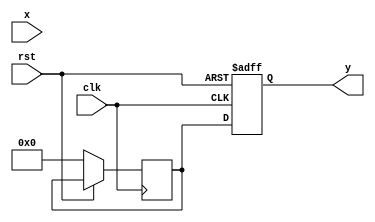
module asinh (
    input wire signed [31:0] x,       // Input: 32-bit signed fixed-point number
    output reg signed [31:0] y,        // Output: 32-bit signed fixed-point number
    input wire clk,                    // Clock input
    input wire rst                     // Reset input
);

    reg signed [31:0] x_squared;          // x^2
    reg signed [31:0] sqrt_term;           // sqrt(x^2 + 1)
    reg signed [31:0] addition_result;     // x + sqrt(x^2 + 1)
    reg signed [31:0] log_result;          // ln(addition_result)

    // Placeholder for square root and logarithm implementations
    // These would be complex modules in a real implementation
    function signed [31:0] sqrt (
        input signed [31:0] value
    );
        // Implement square root logic (e.g., CORDIC or Newton-Raphson)
        // Placeholder logic: return 0 for now (to be implemented)
        sqrt = 32'b0;
    endfunction

    function signed [31:0] log (
        input signed [31:0] value
    );
        // Implement logarithm logic (e.g., CORDIC or polynomial approximation)
        // Placeholder logic: return 0 for now (to be implemented)
        log = 32'b0;
    endfunction

    // Sequential logic to compute asinh
    always @(posedge clk or posedge rst) begin
        if (rst) begin
            y <= 32'b0;
        end else begin
            // Step 1: Calculate x^2
            x_squared <= x * x;

            // Step 2: Calculate sqrt(x^2 + 1)
            sqrt_term <= sqrt(x_squared + 32'b1); // Assuming sqrt function is implemented

            // Step 3: Calculate x + sqrt(x^2 + 1)
            addition_result <= x + sqrt_term;

            // Step 4: Calculate ln(x + sqrt(x^2 + 1))
            log_result <= log(addition_result); // Assuming log function is implemented

            // Step 5: Set output
            y <= log_result;
        end
    end

endmodule